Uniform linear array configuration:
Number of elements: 32
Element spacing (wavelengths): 0.5
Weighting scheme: binomial
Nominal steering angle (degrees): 15
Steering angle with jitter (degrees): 13.684
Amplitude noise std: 0.05
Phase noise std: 0.05

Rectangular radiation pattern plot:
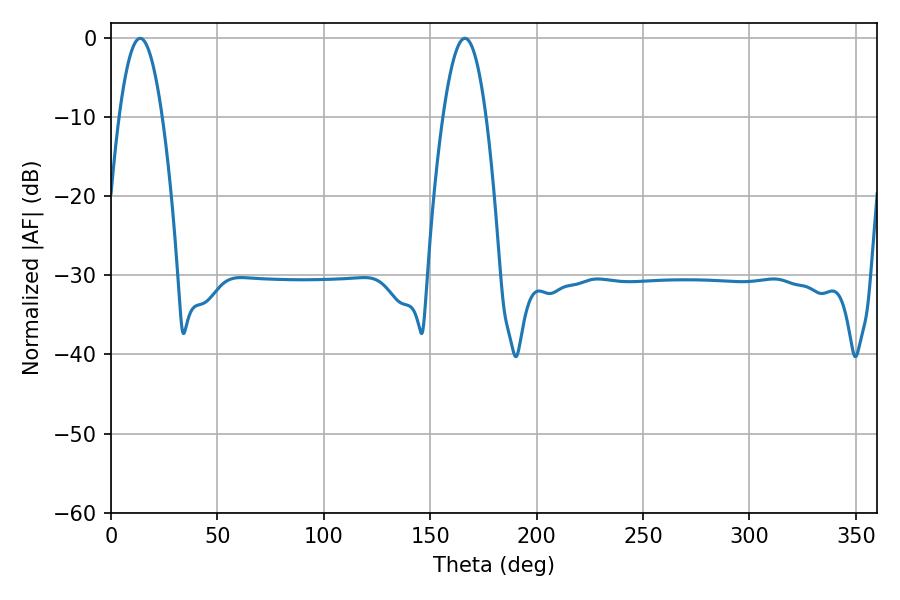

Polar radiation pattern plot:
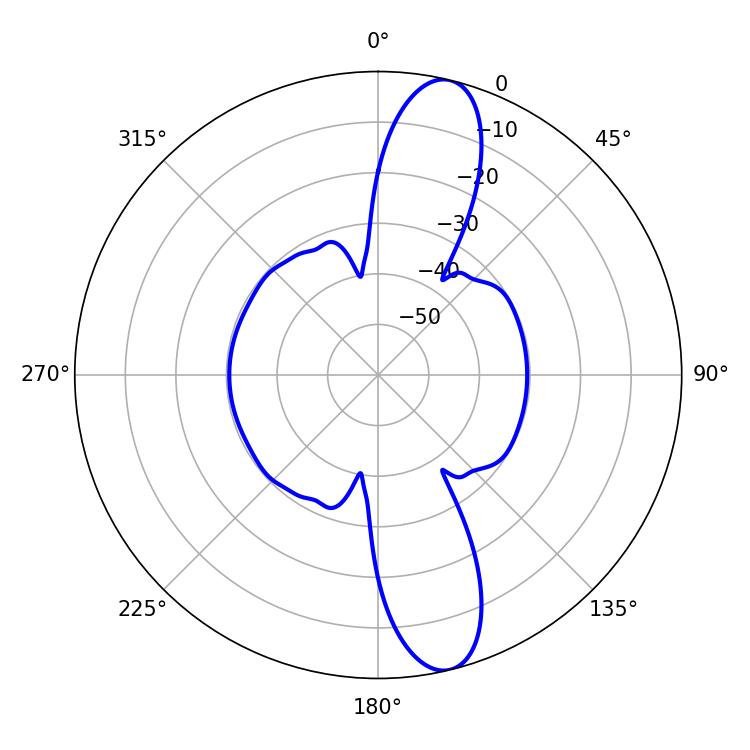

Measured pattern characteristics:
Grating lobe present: FALSE
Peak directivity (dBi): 13.068
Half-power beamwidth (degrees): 10.98
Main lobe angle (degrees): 13.68